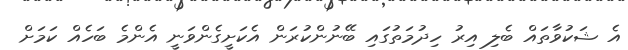
އެ ޝަކުވާތައް ބެލި އިރު ހިދުމަތުގައި ބޭނުންކުރަން އެކަށީގެންވަނީ އެންމެ ބަހެއް ކަމަށް